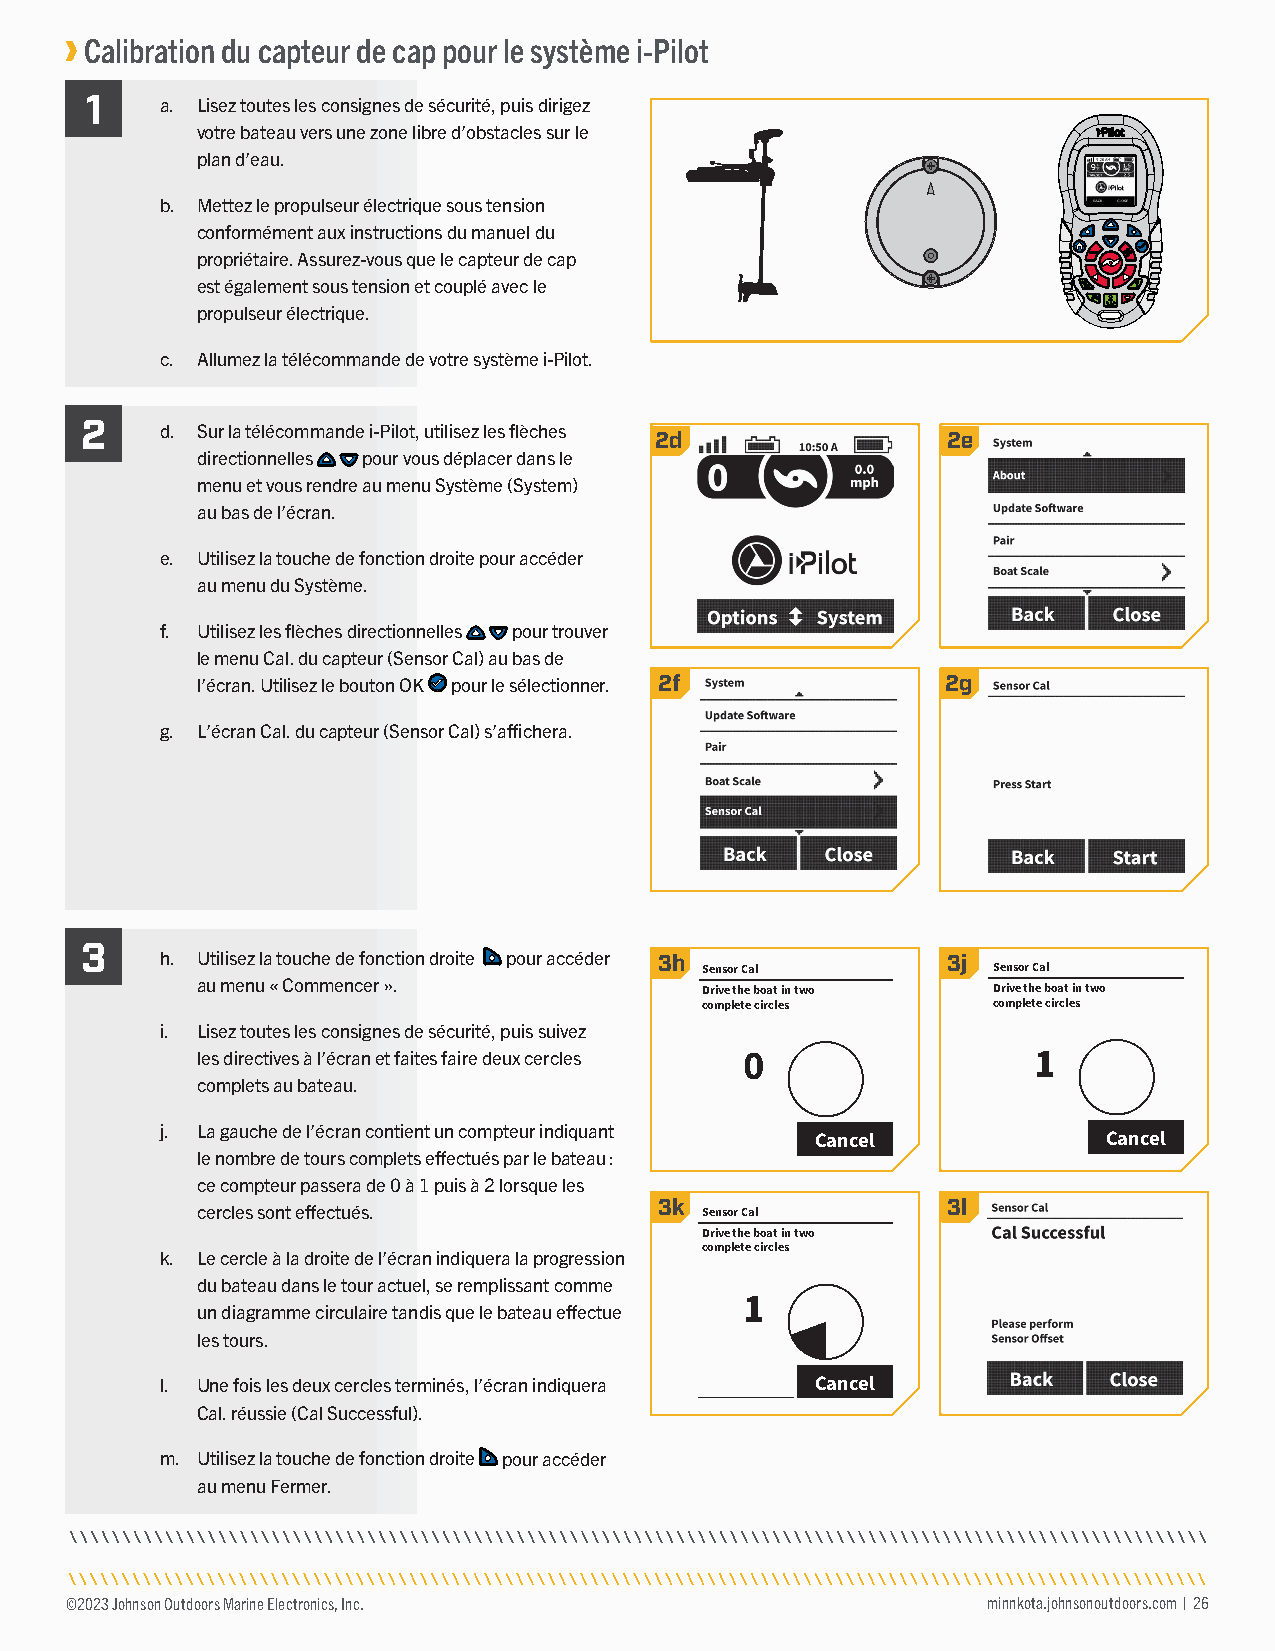
Calibration du capteur de cap pour le système i-Pilot
 1
 a. Lisez toutes les consignes de sécurité, puis dirigez
 votre bateau vers une zone libre d’obstacles sur le
 plan d’eau.
 b. Mettez le propulseur électrique sous tension
 conformément aux instructions du manuel du
 propriétaire. Assurez-vous que le capteur de cap
 est également sous tension et couplé avec le
 propulseur électrique.
 c. Allumez la télécommande de votre système i-Pilot.
 2
 d. Sur la télécommande i-Pilot, utilisez les flèches 2d 2e
 directionnelles pour vous déplacer dans le
 menu et vous rendre au menu Système (System)
 au bas de l’écran.
 e. Utilisez la touche de fonction droite pour accéder
 au menu du Système.
 f. Utilisez les flèches directionnelles pour trouver
 le menu Cal. du capteur (Sensor Cal) au bas de
 l’écran. Utilisez le bouton OK pour le sélectionner. 2f 2g
 g. L’écran Cal. du capteur (Sensor Cal) s’affichera.
 3
 h. Utilisez la touche de fonction droite pour accéder 3h 3j
 Sensor Cal          Sensor Cal
 au menu « Commencer ».           Drive the boat in two Drive the boat in two
 complete circles    complete circles
 i. Lisez toutes les consignes de sécurité, puis suivez
 les directives à l’écran et faites faire deux cercles 0 1
 complets au bateau.
 j. La gauche de l’écran contient un compteur indiquant Cancel Cancel
 le nombre de tours complets effectués par le bateau :
 ce compteur passera de 0 à 1 puis à 2 lorsque les
 3k                 3l
 cercles sont effectués.          Sensor Cal
 Drive the boat in two
 complete circles
 k. Le cercle à la droite de l’écran indiquera la progression
 du bateau dans le tour actuel, se remplissant comme
 1
 un diagramme circulaire tandis que le bateau effectue
 les tours.
 l. Une fois les deux cercles terminés, l’écran indiquera Cancel
 Cal. réussie (Cal Successful).
 m. Utilisez la touche de fonction droite pour accéder
 au menu Fermer.
 ©2023 Johnson Outdoors Marine Electronics, Inc.              minnkota.johnsonoutdoors.com | 26